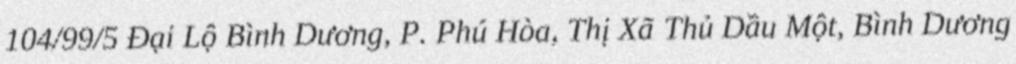
104/99/5 Đại Lộ Bình Dương, P. Phú Hòa, Thị Xã Thủ Dầu Một, Bình Dương